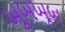
ખૂબખૂબ